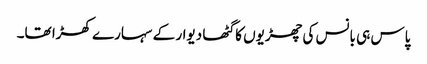
پاس ہی بانس کی چھڑیوں کا گٹھا دیوار کے سہارے کھڑا تھا۔